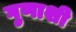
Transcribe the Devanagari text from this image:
गुणाशी